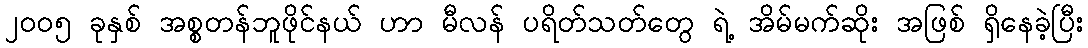
၂၀၀၅ ခုနှစ် အစ္စတန်ဘူဖိုင်နယ် ဟာ မီလန် ပရိတ်သတ်တွေ ရဲ့ အိမ်မက်ဆိုး အဖြစ် ရှိနေခဲ့ပြီး